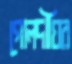
গোলদীঘির